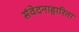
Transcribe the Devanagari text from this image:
संवेदनाहारिता